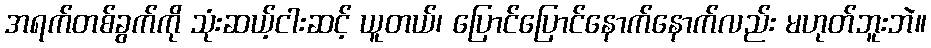
အရက်တစ်ခွက်ကို သုံးဆယ့်ငါးဆင့် ယူတယ်၊ ပြောင်ပြောင်နောက်နောက်လည်း မဟုတ်ဘူးဘဲ။